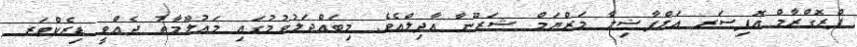
ޕްރޮގްރާމް އޮފިސަރ އަލްފާޟިލާ މަރްޔަމް ޝަރޫނާ އާދިލްއެވެ. މިބައްދަލުވުމުގައި މަޢުލޫމާތު ދެއްވީ ޑިރެކްޓަރ